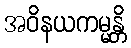
အဝိနယကမ္မန္တိ